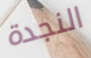
النجدة